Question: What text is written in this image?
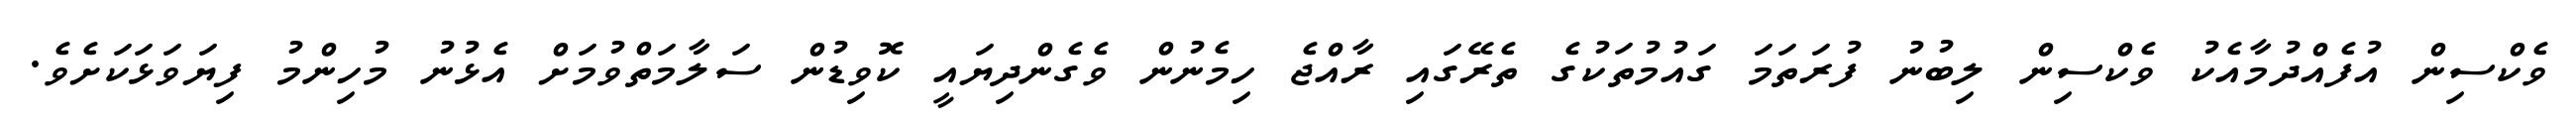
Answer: ވެކްސިން އުފެއްދުމާއެކު ވެކްސިން ލިބުނު ފުރަތަމަ ގައުމުތަކުގެ ތެރޭގައި ރާއްޖެ ހިމެނުން ވެގެންދިޔައީ ކޮވިޑުން ސަލާމަތްވުމަށް އެޅުނު މުހިންމު ފިޔަވަޅަކަށެވެ.